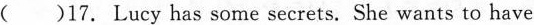
( )17. Lucy has some secrets. She wants to have